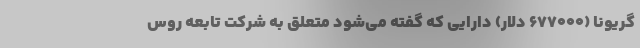
گریونا (677000 دلار) دارایی که گفته می‌شود متعلق به شرکت تابعه روس